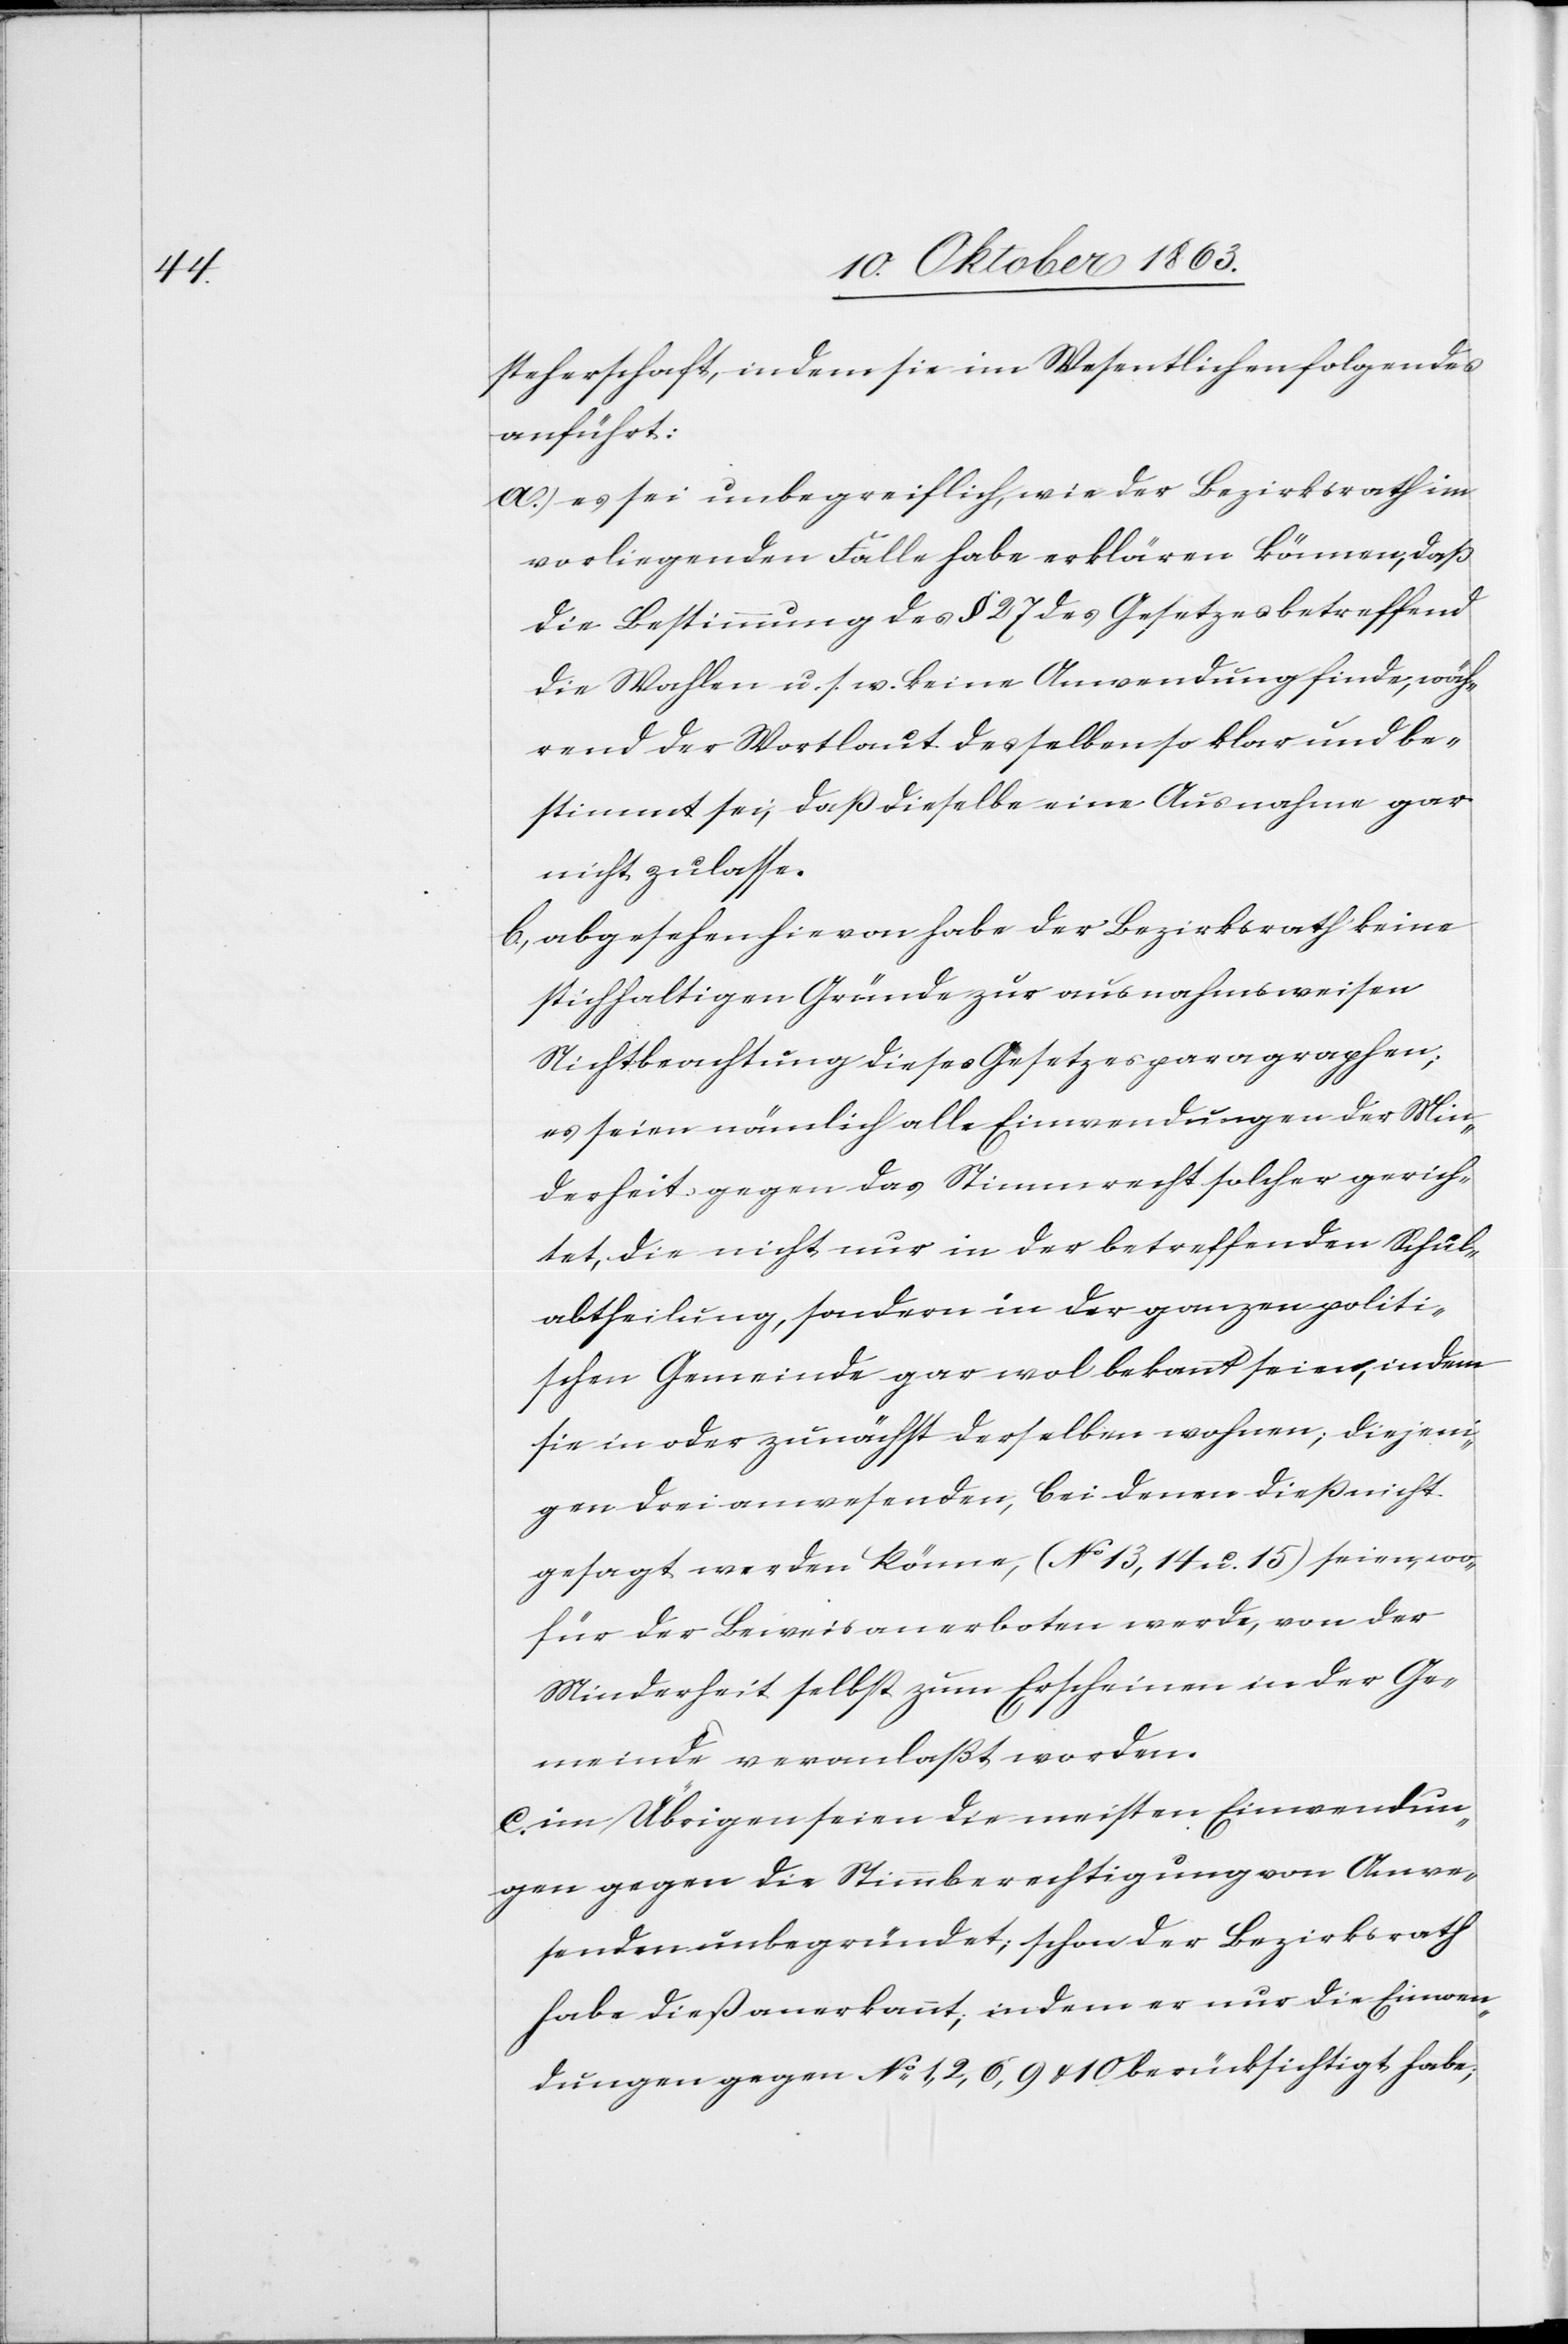
steherschaft, indem sie im Wesentlichen folgendes
anführt:
a.) es sei unbegreiflich, wie der Bezirksrath im
vorliegenden Falle habe erklären können, daß
die Bestimmung des § 27 des Gesetzes betreffend
die Wahlen u. s. w. keine Anwendung finde, wäh¬
rend der Wortlaut desselben so klar und be¬
stimmt sei, daß dieselbe eine Ausnahme gar
nicht zulasse.
b.) abgesehen hievon habe der Bezirksrath keine
stichhaltigen Gründe zur ausnahmsweisen
Nichtbeachtung dieses Gesetzesparagraphen;
es seien nämlich alle Einwendungen der Min¬
derheit gegen das Stimmrecht solcher gerich¬
tet, die nicht nur in der betreffenden Schul¬
abtheilung, sondern in der ganzen politi¬
schen Gemeinde gar wol bekannt seien, indem
sie in oder zunächst derselben wohnen; diejeni¬
gen drei anwesenden, bei denen dieß nicht
gesagt werden könne, (No 13, 14, u. 15) seien, wo¬
für der Beweis anerboten werde, von der
Minderheit selbst zum Erscheinen in der Ge¬
meinde veranlaßt worden.
c.) im Übrigen seien die meisten Einwendun¬
gen gegen die Stimmberechtigung von Anwe¬
senden unbegründet; schon der Bezirksrath
habe dieß anerkannt; indem er nur die Einwen¬
dungen gegen No 1, 2, 6, 9 & 10 berücksichtigt habe;